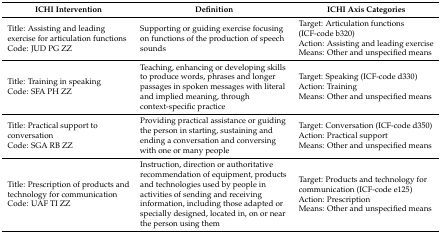
<table><thead><tr><td><b>ICHI Intervention</b></td><td><b>Definition</b></td><td><b>ICHI Axis Categories</b></td></tr></thead><tbody><tr><td>Title: Assisting and leading exercise for articulation functionsCode: JUD PG ZZ</td><td>Supporting or guiding exercise focusing on functions of the production of speech sounds</td><td>Target: Articulation functions (ICF-code b320)Action: Assisting and leading exerciseMeans: Other and unspecified means</td></tr><tr><td>Title: Training in speakingCode: SFA PH ZZ</td><td>Teaching, enhancing or developing skills to produce words, phrases and longer passages in spoken messages with literal and implied meaning, through context-specific practice</td><td>Target: Speaking (ICF-code d330)Action: TrainingMeans: Other and unspecified means</td></tr><tr><td>Title: Practical support to conversationCode: SGA RB ZZ</td><td>Providing practical assistance or guiding the person in starting, sustaining and ending a conversation and conversing with one or many people</td><td>Target: Conversation (ICF-code d350)Action: Practical supportMeans: Other and unspecified means</td></tr><tr><td>Title: Prescription of products and technology for communicationCode: UAF TI ZZ </td><td>Instruction, direction or authoritative recommendation of equipment, products and technologies used by people in activities of sending and receiving information, including those adapted or specially designed, located in, on or near the person using them</td><td>Target: Products and technology for communication (ICF-code e125)Action: PrescriptionMeans: Other and unspecified means</td></tr></tbody></table>